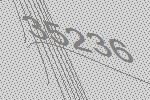
35236